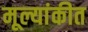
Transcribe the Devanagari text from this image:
मूल्यांकीत